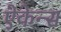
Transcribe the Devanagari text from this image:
ऐकेन्स